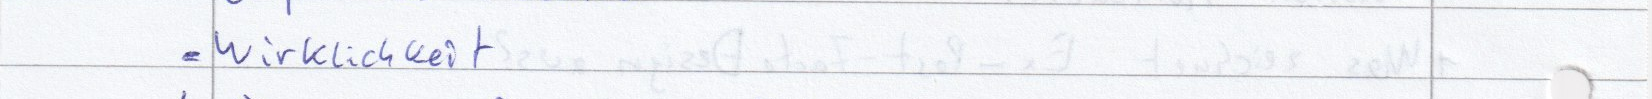
- Wirklichkeit